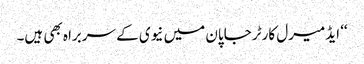
‘‘ ایڈمیرل کارٹر جاپان میں نیوی کے سربراہ بھی ہیں۔